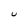
Character: U